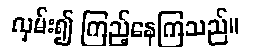
လှမ်း၍ ကြည့်နေကြသည်။